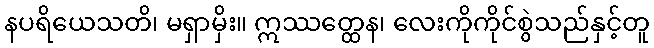
နပရိယေသတိ၊ မရှာမှိး။ ဣဿတ္ထေန၊ လေးကိုကိုင်စွဲသည်နှင့်တူ